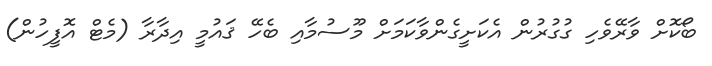
ބޯކޮށް ވާރޭވެހި ގުގުރުން އެކަށީގެންވާކަމަށް މޫސުމާއި ބެހޭ ޤައުމީ އިދާރާ (މެޓް އޮފީހުން)